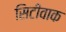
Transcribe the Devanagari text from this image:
सिटीवाक